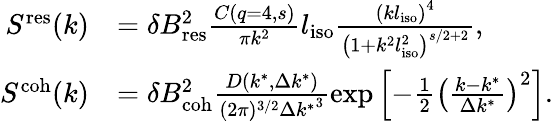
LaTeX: \begin{array}{rl}{S^{\mathrm{res}}(k)}&{=\delta B_{\mathrm{res}}^{2}\frac{C(q=4,s)}{\pi k^{2}}l_{\mathrm{iso}}\frac{\left(kl_{\mathrm{iso}}\right)^{4}}{\left(1+k^{2}l_{\mathrm{iso}}^{2}\right)^{s/2+2}},}\\ {S^{\mathrm{coh}}(k)}&{=\delta B_{\mathrm{coh}}^{2}\frac{D(k^{*},\Delta k^{*})}{(2\pi)^{3/2}{\Delta k^{*}}^{3}}\exp\left[{-\frac{1}{2}\left(\frac{k-k^{*}}{\Delta k^{*}}\right)^{2}}\right].}\end{array}